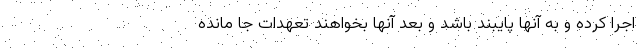
اجرا کرده و به آنها پایبند باشد و بعد آنها بخواهند تعهدات جا مانده